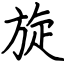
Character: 旋